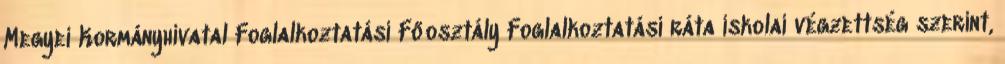
Megyei Kormányhivatal Foglalkoztatási Főosztály Foglalkoztatási ráta iskolai végzettség szerint,